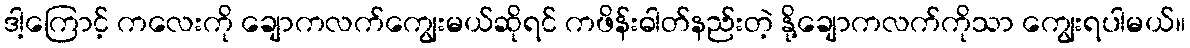
ဒါ့ကြောင့် ကလေးကို ချောကလက်ကျွေးမယ်ဆိုရင် ကဖိန်းဓါတ်နည်းတဲ့ နို့ချောကလက်ကိုသာ ကျွေးရပါမယ်။